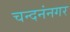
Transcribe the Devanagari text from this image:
चन्दनंनगर